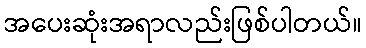
အပေးဆုံးအရာလည်းဖြစ်ပါတယ်။